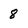
Character: 8